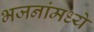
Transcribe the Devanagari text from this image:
भजनांमध्ये